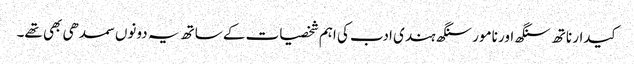
کیدار ناتھ سنگھ اور نامور سنگھ ہندی ادب کی اہم شخصیات کے ساتھ یہ دونوں سمدھی بھی تھے۔